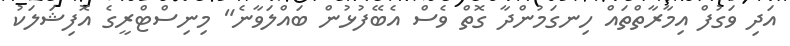
އަދި ވަގުފް އިމާރާތްތައް ހިނގަމުންދާ ގޮތް ވެސް އެބޭފުޅުން ބައްލަވާނެ" މިނިސްޓްރީގެ އޮފިޝަލަކު